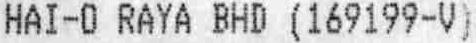
HAI-O RAYA BHD (169199-V)